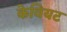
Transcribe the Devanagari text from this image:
केवियट